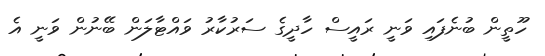
ހޫތީން ބުނެފައި ވަނީ ރައީސް ހާދީގެ ސަރުކާރު ވައްޓާލަން ބޭނުން ވަނީ އެ